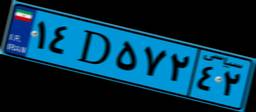
۰۱D۰۴۳۱۱